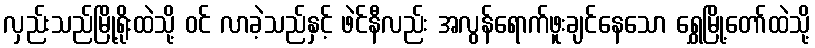
လှည်းသည်မြို့ရိုးထဲသို့ ဝင် လာခဲ့သည်နှင့် ဖဲင်နီလည်း အလွန်ရောက်ဖူးချင်နေသော ရွှေမြို့တော်ထဲသို့